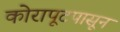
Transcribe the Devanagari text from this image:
कोरापूटपासून